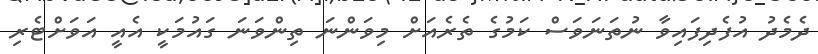
ދެމެދު އުފެދިފައިވާ ނުތަނަވަސް ކަމުގެ ތެރެއަށް މިވަންނަ ތިންވަނަ ގައުމަކީ އެއީ އަވަށްޓެރި